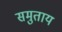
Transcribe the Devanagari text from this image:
समुताय